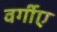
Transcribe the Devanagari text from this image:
वर्गीए